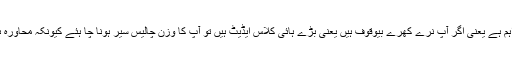
یہ بھی اپنی جگہ کافی اہم ہے یعنی اگر آپ نرے کھرے بیوقوف ہیں یعنی بڑے ہائی کلاس ایڈیٹ ہیں تو آپ کا وزن چالیس سیر ہونا چا ہئے کیونکہ محاورہ ہے، ’’چالیس سیرا اوت۔